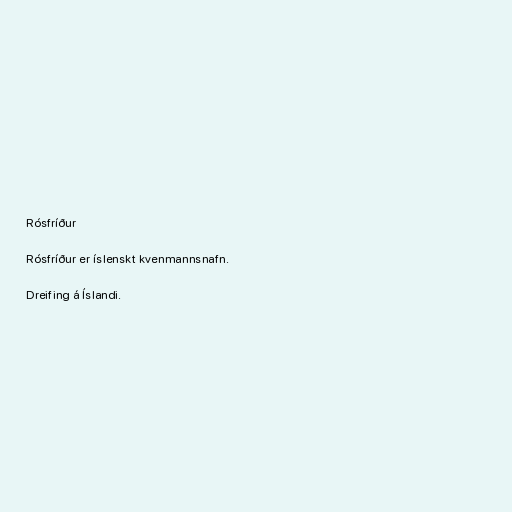
Rósfríður

Rósfríður er íslenskt kvenmannsnafn.

Dreifing á Íslandi.